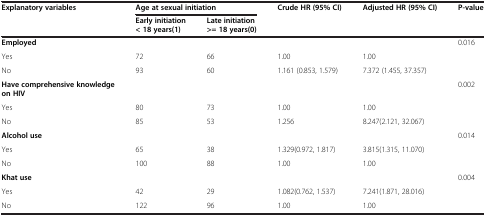
<table><thead><tr><td><b>Explanatory variables</b></td><td colspan="2"><b>Age at sexual initiation</b></td><td><b>Crude HR (95% CI)</b></td><td><b>Adjusted HR (95% CI)</b></td><td><b>P-value</b></td></tr><tr><td><b> </b></td><td><b>Early initiation &lt; 18 years(1)</b></td><td><b>Late initiation &gt;= 18 years(0)</b></td><td><b> </b></td><td><b> </b></td><td><b> </b></td></tr></thead><tbody><tr><td><b>Employed</b></td><td> </td><td> </td><td> </td><td> </td><td rowspan="3">0.016</td></tr><tr><td>Yes</td><td>72</td><td>66</td><td>1.00</td><td>1.00</td></tr><tr><td>No</td><td>93</td><td>60</td><td>1.161 (0.853, 1.579)</td><td>7.372 (1.455, 37.357)</td></tr><tr><td><b>Have comprehensive knowledge on HIV</b></td><td> </td><td> </td><td> </td><td> </td><td rowspan="3">0.002</td></tr><tr><td>Yes</td><td>80</td><td>73</td><td>1.00</td><td>1.00</td></tr><tr><td>No</td><td>85</td><td>53</td><td>1.256</td><td>8.247(2.121, 32.067)</td></tr><tr><td><b>Alcohol use</b></td><td> </td><td> </td><td> </td><td> </td><td rowspan="3">0.014</td></tr><tr><td>Yes</td><td>65</td><td>38</td><td>1.329(0.972, 1.817)</td><td>3.815(1.315, 11.070)</td></tr><tr><td>No</td><td>100</td><td>88</td><td>1.00</td><td>1.00</td></tr><tr><td><b>Khat use</b></td><td> </td><td> </td><td> </td><td> </td><td rowspan="3">0.004</td></tr><tr><td>Yes</td><td>42</td><td>29</td><td>1.082(0.762, 1.537)</td><td>7.241(1.871, 28.016)</td></tr><tr><td>No</td><td>122</td><td>96</td><td>1.00</td><td>1.00</td></tr></tbody></table>